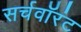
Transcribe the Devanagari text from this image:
सर्चवॉरंट